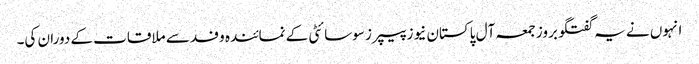
انہوں نے یہ گفتگو بروز جمعہ آل پاکستان نیوز پیپرز سوسائٹی کے نمائندہ وفد سے ملاقات کے دوران کی۔